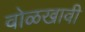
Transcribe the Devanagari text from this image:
वोळखावी